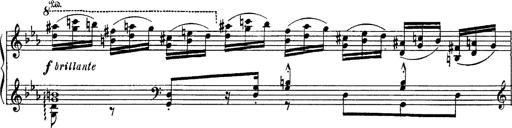
Title: Fantaisie sur des motifs favoris de l'opÃ©ra 'La sonnambula'
Composer: Franz Liszt